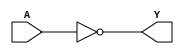
module sky130_fd_sc_ms__clkinv (
    Y,
    A
);

    // Module ports
    output Y;
    input  A;

    // Local signals
    wire not0_out_Y;

    //  Name  Output      Other arguments
    not not0 (not0_out_Y, A              );
    buf buf0 (Y         , not0_out_Y     );

endmodule